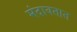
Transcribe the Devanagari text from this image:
मंदावतात